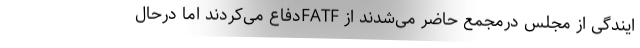
ایندگی از مجلس درمجمع حاضر می‌شدند از FATFدفاع می‌کردند اما درحال